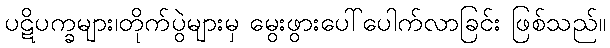
ပဋိပက္ခများ၊တိုက်ပွဲများမှ မွေးဖွားပေါ်ပေါက်လာခြင်း ဖြစ်သည်။